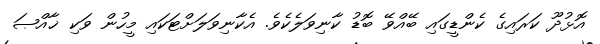
އޮޅުދޫ ކަރައިގެ ކެންޑީގައި ބޭއްވޭ ބޮޑު ކާނިވަލެކެވެ. އެކާނިވަލަށްޓަކައި މީހުން ވަކި ޚާއްޞަ